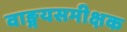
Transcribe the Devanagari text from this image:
वाङ्मयसमीक्षक